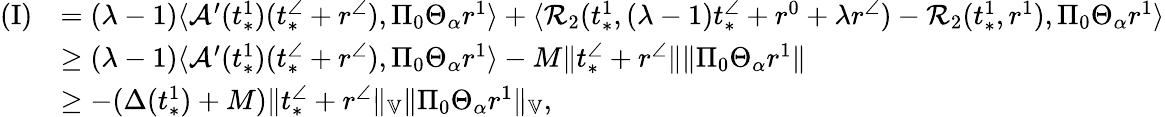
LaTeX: \begin{array}{rl}{\mathrm{(I)}}&{=(\lambda-1)\langle\mathcal{A}^{\prime}(t_{*}^{1})(t_{*}^{\angle}+r^{\angle}),\Pi_{0}\Theta_{\alpha}r^{1}\rangle+\langle\mathcal{R}_{2}(t_{*}^{1},(\lambda-1)t_{*}^{\angle}+r^{0}+\lambda r^{\angle})-\mathcal{R}_{2}(t_{*}^{1},r^{1}),\Pi_{0}\Theta_{\alpha}r^{1}\rangle}\\ &{\ge(\lambda-1)\langle\mathcal{A}^{\prime}(t_{*}^{1})(t_{*}^{\angle}+r^{\angle}),\Pi_{0}\Theta_{\alpha}r^{1}\rangle-M\| t_{*}^{\angle}+r^{\angle}\| \| \Pi_{0}\Theta_{\alpha}r^{1}\| }\\ &{\ge-(\Delta(t_{*}^{1})+M)\| t_{*}^{\angle}+r^{\angle}\| _{\mathbb{V}}\| \Pi_{0}\Theta_{\alpha}r^{1}\| _{\mathbb{V}},}\end{array}